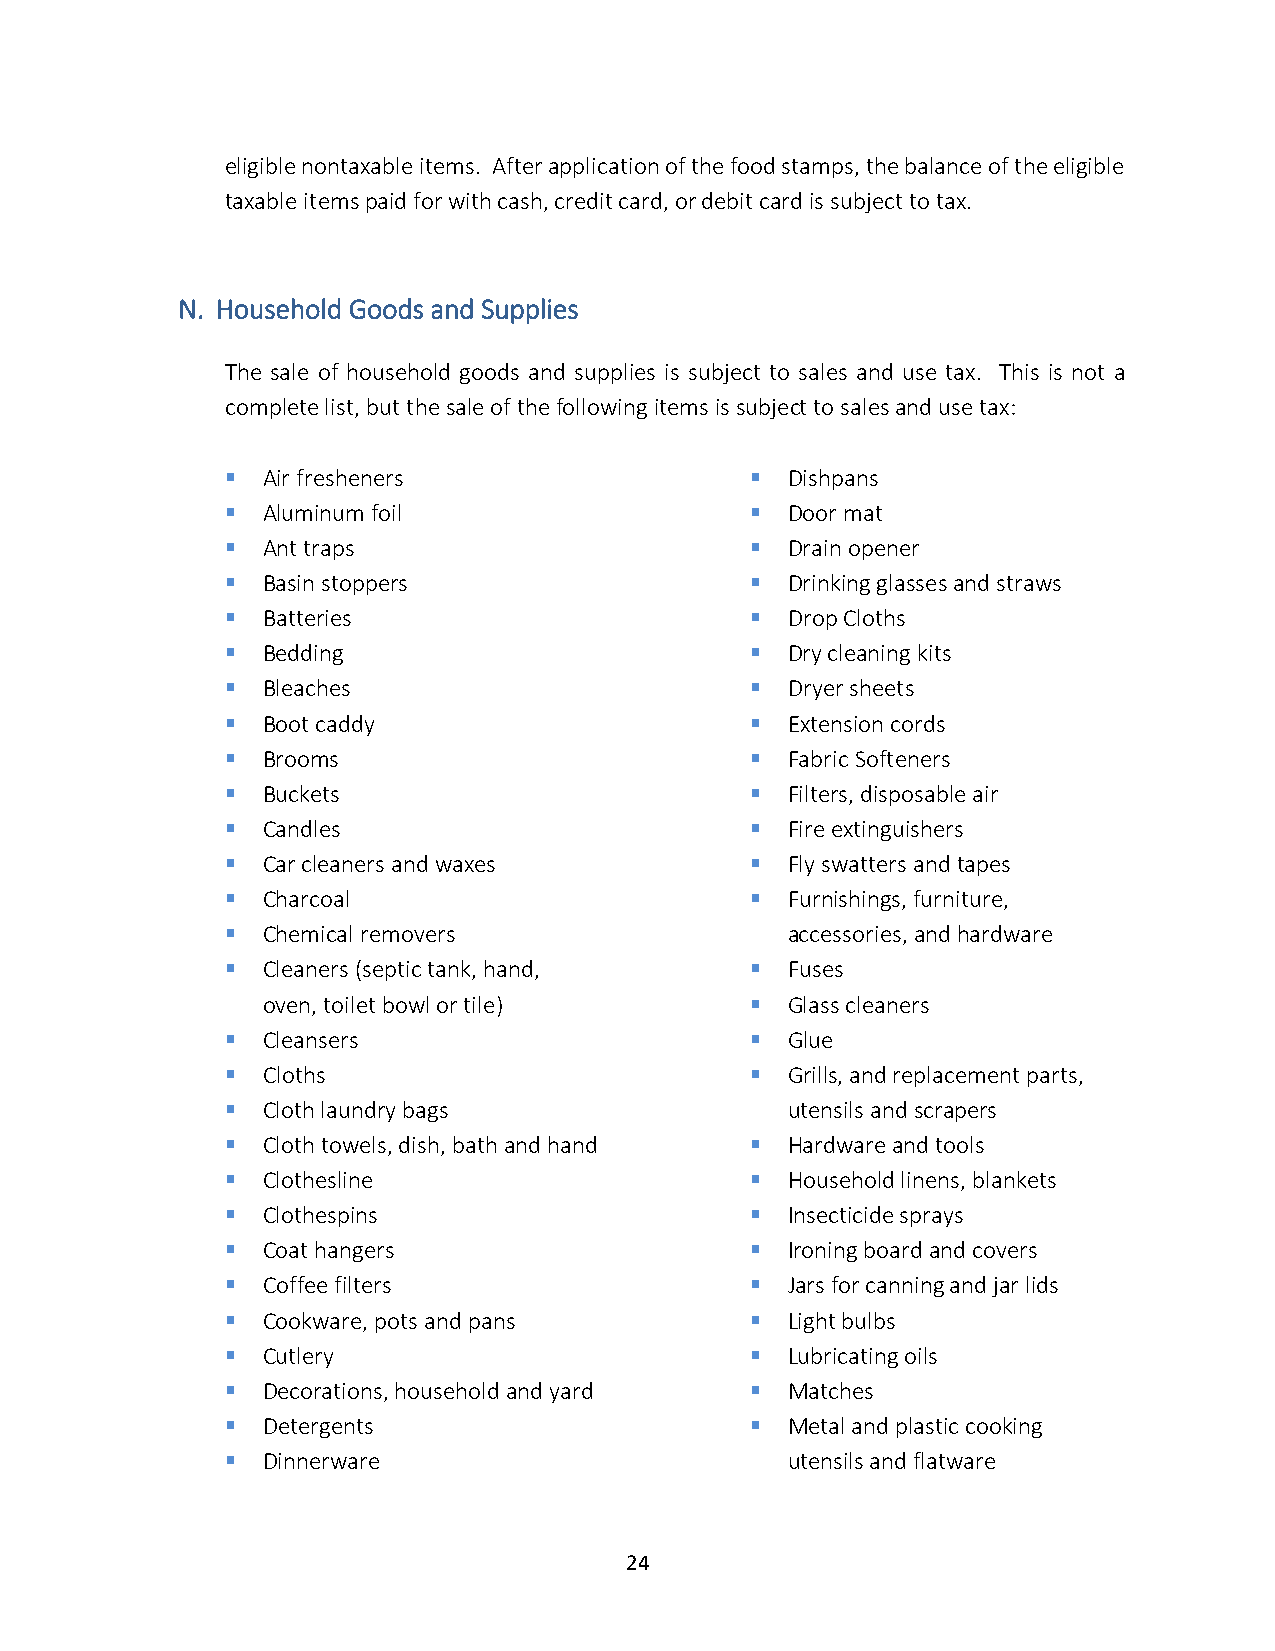
eligible nontaxable items. After application of the food stamps, the balance of the eligible
 taxable items paid for with cash, credit card, or debit card is subject to tax.
 N. Household Goods and Supplies
 The sale of household goods and supplies is subject to sales and use tax. This is not a
 complete list, but the sale of the following items is subject to sales and use tax:
 ▪ Air fresheners                   ▪ Dishpans
 ▪ Aluminum foil                    ▪ Door mat
 ▪ Ant traps                        ▪ Drain opener
 ▪ Basin stoppers                   ▪ Drinking glasses and straws
 ▪ Batteries                        ▪ Drop Cloths
 ▪ Bedding                          ▪ Dry cleaning kits
 ▪ Bleaches                         ▪ Dryer sheets
 ▪ Boot caddy                       ▪ Extension cords
 ▪ Brooms                           ▪ Fabric Softeners
 ▪ Buckets                          ▪ Filters, disposable air
 ▪ Candles                          ▪ Fire extinguishers
 ▪ Car cleaners and waxes           ▪ Fly swatters and tapes
 ▪ Charcoal                         ▪ Furnishings, furniture,
 ▪ Chemical removers                  accessories, and hardware
 ▪ Cleaners (septic tank, hand,     ▪ Fuses
 oven, toilet bowl or tile)       ▪ Glass cleaners
 ▪ Cleansers                        ▪ Glue
 ▪ Cloths                           ▪ Grills, and replacement parts,
 ▪ Cloth laundry bags                 utensils and scrapers
 ▪ Cloth towels, dish, bath and hand ▪ Hardware and tools
 ▪ Clothesline                      ▪ Household linens, blankets
 ▪ Clothespins                      ▪ Insecticide sprays
 ▪ Coat hangers                     ▪ Ironing board and covers
 ▪ Coffee filters                   ▪ Jars for canning and jar lids
 ▪ Cookware, pots and pans          ▪ Light bulbs
 ▪ Cutlery                          ▪ Lubricating oils
 ▪ Decorations, household and yard  ▪ Matches
 ▪ Detergents                       ▪ Metal and plastic cooking
 ▪ Dinnerware                         utensils and flatware
 24